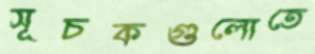
সূচকগুলোতে